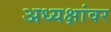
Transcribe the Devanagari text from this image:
अध्यक्षांवर